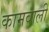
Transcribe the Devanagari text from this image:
कामवाली